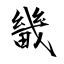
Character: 畿